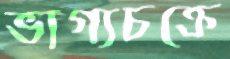
ভাগ্যচক্রে